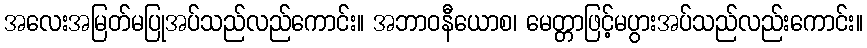
အလေးအမြတ်မပြုအပ်သည်လည်ကောင်း။ အဘာဝနီယောစ၊ မေတ္တာဖြင့်မပွားအပ်သည်လည်းကောင်း။